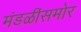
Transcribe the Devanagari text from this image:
मंडळींसमोर